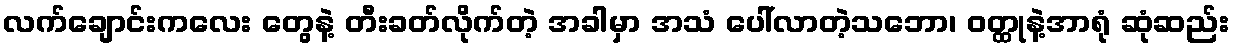
လက်ချောင်းကလေး တွေနဲ့ တီးခတ်လိုက်တဲ့ အခါမှာ အသံ ပေါ်လာတဲ့သဘော၊ ဝတ္ထုနဲ့အာရုံ ဆုံဆည်း